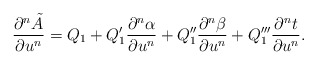
\begin{align*} \frac{\partial^n\tilde{A}}{\partial u^n}=Q_1+Q_1'\frac{\partial^n\alpha}{\partial u^n}+Q_1''\frac{\partial^n\beta}{\partial u^n}+Q_1'''\frac{\partial^nt}{\partial u^n}.\end{align*}